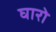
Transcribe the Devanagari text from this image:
घारो